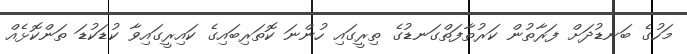
މަހުގެ ބަނޑުދަށް ފަރާތުން ކަރުތާފަތްގަނޑުގެ ތިރީގައި ހުންނަ ކޮތަރިބައިގެ ކައިރީގައިވާ ކުޑަކުޑަ ތަންކޮޅެއް